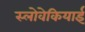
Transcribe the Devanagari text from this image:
स्लोवेकियाई